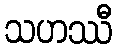
သဟဿီ